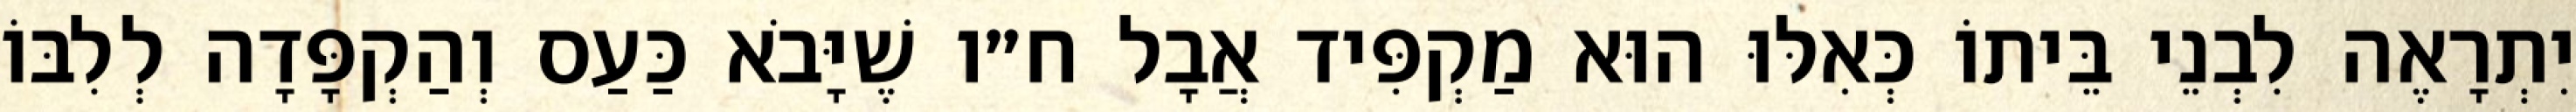
יִתְרָאֶה לִבְנֵי בֵּיתוֹ כְּאִלּוּ הוּא מַקְפִּיד אֲבָל ח״ו שֶׁיָּבֹא כַּעַס וְהַקְפָּדָה לְלִבּוֹ